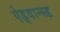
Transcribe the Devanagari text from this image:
ऐड्वान्स्ड